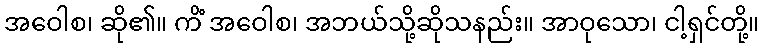
အဝေါစ၊ ဆို၏။ ကိံ အဝေါစ၊ အဘယ်သို့ဆိုသနည်း။ အာဝုသော၊ ငါ့ရှင်တို့။